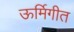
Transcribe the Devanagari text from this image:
ऊर्मिगीत